DOW-UAP-D49, Launch Summary, Vandenberg AFB, 2000
Agency: Department of War
Incident date: 2/3/00
Page 98
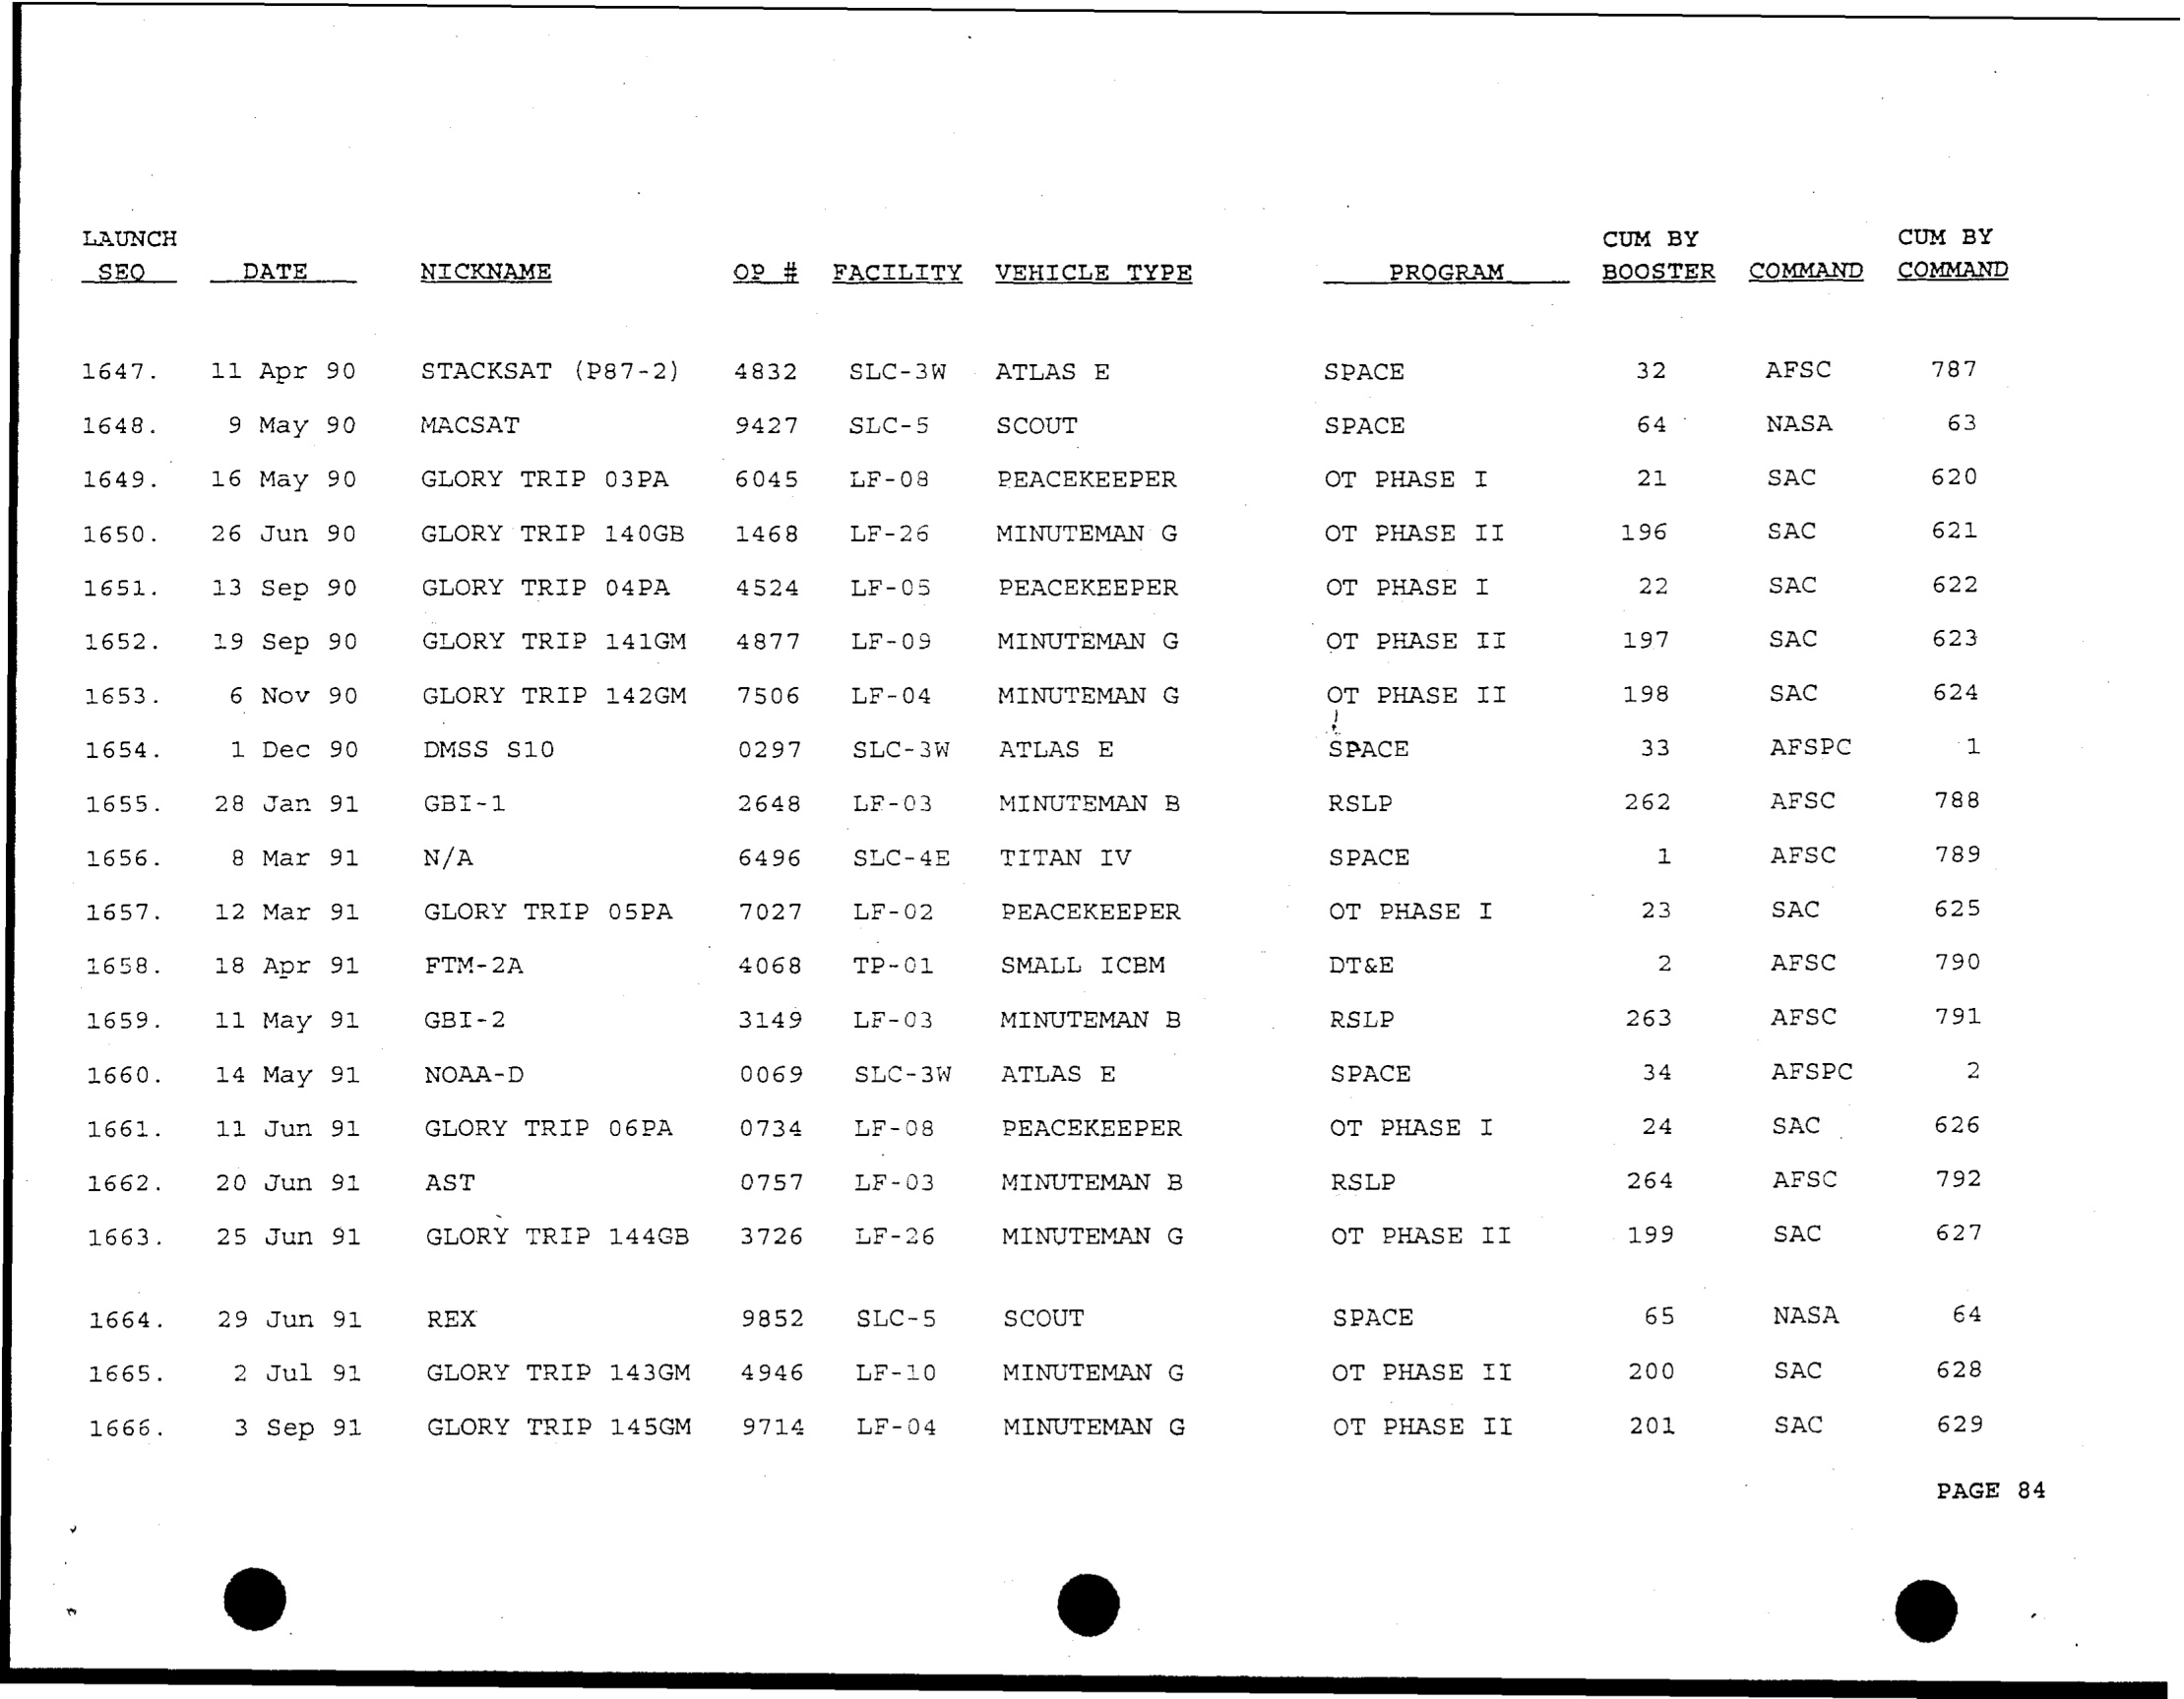